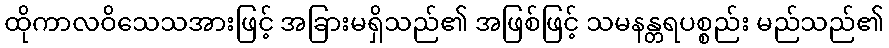
ထိုကာလဝိသေသအားဖြင့် အခြားမရှိသည်၏ အဖြစ်ဖြင့် သမနန္တရပစ္စည်း မည်သည်၏